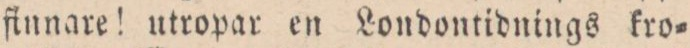
ſinnare! utropar en Londontidnings kro=